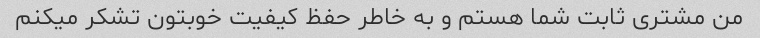
من مشتری ثابت شما هستم و به خاطر حفظ کیفیت خوبتون تشکر میکنم